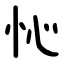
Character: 㤈